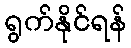
ရွက်နိုင်ရန်